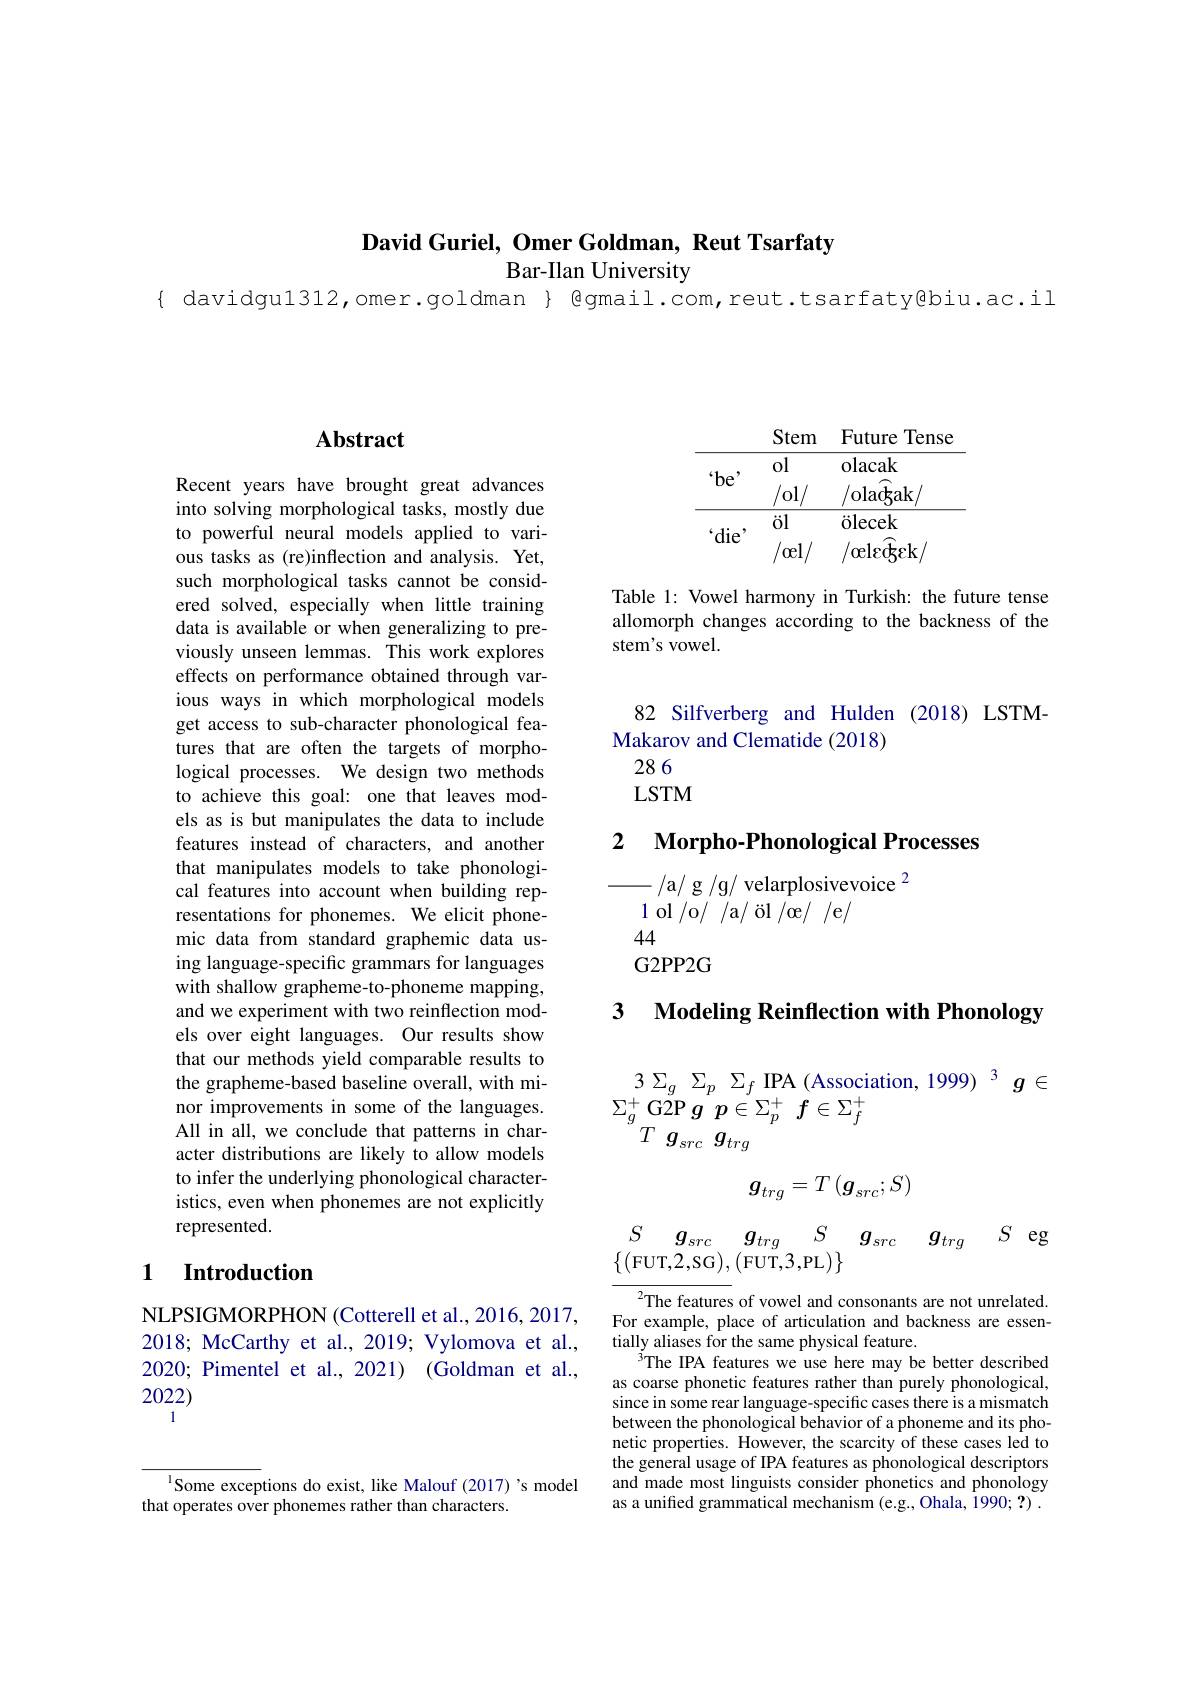
David Guriel, Omer Goldman, Reut Tsarfaty

Bar-Ilan University

{ davidgul312,omer.goldman} @gmail.com,reut.tsarfaty@biu.ac.il

## Abstract

Recent years have brought great advances into solving morphological tasks, mostly due to powerful neural models applied to various tasks as (re)inflection and analysis. Yet, such morphological tasks cannot be considered solved, especially when little training data is available or when generalizing to previously unseen lemmas. This work explores effects on performance obtained through various ways in which morphological models get access to sub-character phonological features that are often the targets of morphological processes. We design two methods to achieve this goal: one that leaves models as is but manipulates the data to include features instead of characters, and another that manipulates models to take phonological features into account when building representations for phonemes. We elicit phonemic data from standard graphemic data using language-specific grammars for languages with shallow grapheme-to-phoneme mapping, and we experiment with two reinflection models over eight languages. Our results show that our methods yield comparable results to the grapheme-based baseline overall, with minor improvements in some of the languages. All in all, we conclude that patterns in character distributions are likely to allow models to infer the underlying phonological characteristics, even when phonemes are not explicitly represented.

## 1 Introduction

NLPSIGMORPHON (Cotterell et al., 2016, 2017, 2018; McCarthy et al., 2019; Vylomova et al., 2020; Pimentel et al., 2021) (Goldman et al., 2022)
$$\begin{array}{ccc}&\text{Stem}&\text{Future Tense}\\\hline\text{'be'}&\text{ol}&\text{olacak}\\&/\text{ol/}&/\text{ola}\widehat{\text{gak/}}\\\hline\text{'die'}&\text{öl}&\text{ölecek}\\&/\text{cel/}&/\text{oele}\widehat{\text{tg}}\text{ck/}\end{array}$$
Table 1: Vowel harmony in Turkish: the future tense allomorph changes according to the backness of the stem's vowel.

82 Silfverberg and Hulden (2018) LSTM-
Makarov and Clematide (2018)
286
$LSTM$

## 2 $\textbf{Morpho- Phonological Processes}$

/a/ g /g/ velarplosivevoice $^2$
1 ol /o/ /a/ öl /œ/ /e/
44
G2PP2G

3 $\textbf{Modeling Reinflection with Phonology}$

3 $\Sigma _g$ $\Sigma _p$ $\Sigma _f$ $\mathrm{IPA~( Association, ~1999) ~}^3$ $g\in$
$\Sigma _{g}^{+ }\operatorname { \mathrm{G2P}} g^{{^{\prime }}}p\in \Sigma _{p}^{+ }$ $f\in \Sigma _{f}^{+ }$
$^{^{^{\prime }}}T$ $g_{src}$ $g_{trg}$
$$g_{trg}=T\left(\boldsymbol{g}_{src};S\right)$$
$S$ $g_{src}$ $g_{trg}$ $S$ $g_{src}$ $g_{trg}$ $S$eg
$\{($FUT,2,SG),(FUT,3,PL$)\}$

${^{2}\text{The features of vowel and consonants are not unrelated.}}$ For example, place of articulation and backness are essentially aliases for the same physical feature.
The IPA features we use here may be better described as coarse phonetic features rather than purely phonological, since in some rear language-specific cases there is a mismatch between the phonological behavior of a phoneme and its phonetic properties. However, the scarcity of these cases led to the general usage of IPA features as phonological descriptors and made most linguists consider phonetics and phonology as a unified grammatical mechanism (e.g., Ohala, 1990; ?) .

$^{1}$Some exceptions do exist, like Malouf (2017)'s model
that operates over phonemes rather than characters.